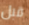
قبل